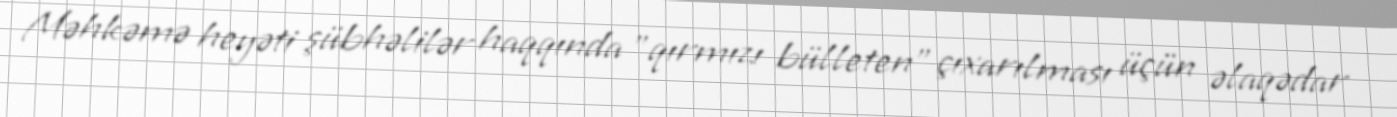
Məhkəmə heyəti şübhəlilər haqqında "qırmızı bülleten" çıxarılması üçün əlaqədar